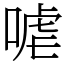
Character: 㖸